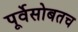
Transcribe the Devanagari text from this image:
पूर्वेसोबतच